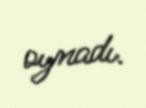
oynadı.